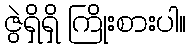
ဇွဲရှိရှိ ကြိုးစားပါ။